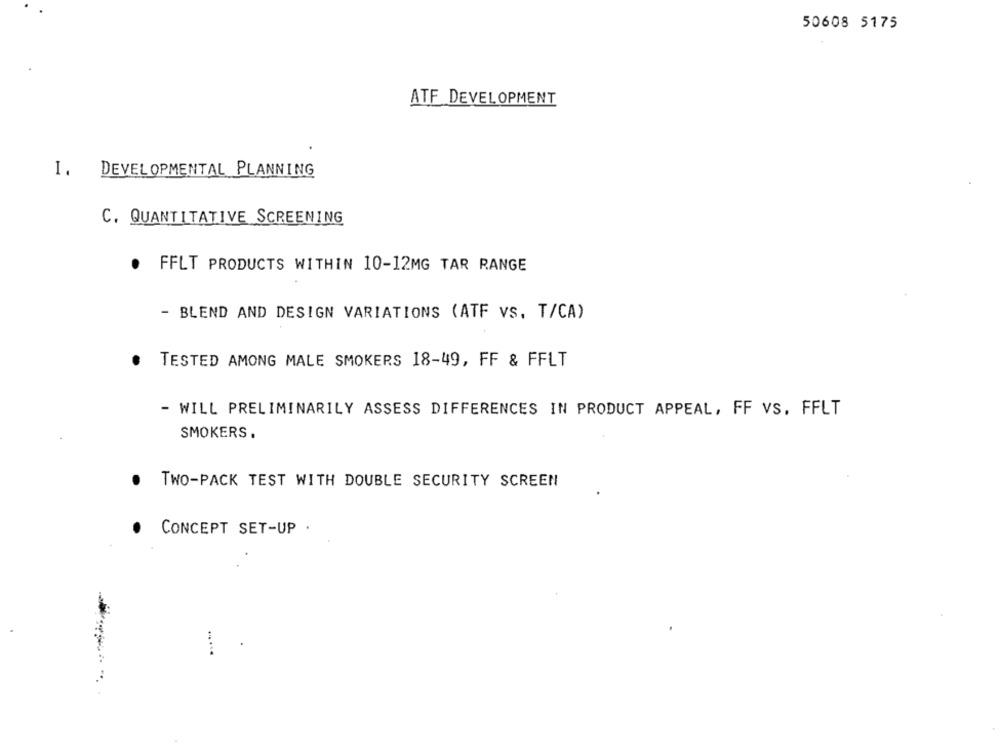
50608 5175
ATF DEVELOPMENT
I. DEVELOPMENTAL PLANNING
C. QUANTITATIVE SCREENING
. FFLT PRODUCTS WITHIN 10-12MG TAR RANGE
- BLEND AND DESIGN VARIATIONS (ATF vs. T/CA)
TESTED AMONG MALE SMOKERS 18-49, FF & FFLT
- WILL PRELIMINARILY ASSESS DIFFERENCES IN PRODUCT APPEAL, FF Vs. FFLT
SMOKERS .
TWO-PACK TEST WITH DOUBLE SECURITY SCREEN
CONCEPT SET-UP .